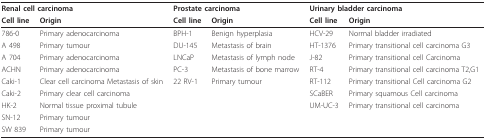
| <COLSPAN=2> Renal cell carcinoma | <COLSPAN=2> Prostate carcinoma | <COLSPAN=2> Urinary bladder carcinoma |
 | Cell line | Origin | Cell line | Origin | Cell line | Origin |
 | --- | --- | --- | --- | --- | --- |
 | 786-0 | Primary adenocarcinoma | BPH-1 | Benign hyperplasia | HCV-29 | Normal bladder irradiated |
 | A 498 | Primary tumour | DU-145 | Metastasis of brain | HT-1376 | Primary transitional cell carcinoma G3 |
 | A 704 | Primary adenocarcinoma | LNCaP | Metastasis of lymph node | J-82 | Primary transitional cell Carcinoma |
 | ACHN | Primary adenocarcinoma | PC-3 | Metastasis of bone marrow | RT-4 | Primary transitional cell carcinoma T2,G1 |
 | Caki-1 | Clear cell carcinoma Metastasis of skin | 22 RV-1 | Primary tumour | RT-112 | Primary transitional Cell carcinoma G2 |
 | Caki-2 | Primary clear cell carcinoma |  |  | SCaBER | Primary squamous Cell carcinoma |
 | HK-2 | Normal tissue proximal tubule |  |  | UM-UC-3 | Primary transitional cell carcinoma |
 | SN-12 | Primary tumour |  |  |  |  |
 | SW 839 | Primary tumour |  |  |  |  |